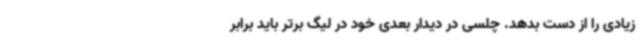
زیادی را از دست بدهد. چلسی در دیدار بعدی خود در لیگ برتر باید برابر